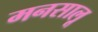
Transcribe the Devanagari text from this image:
मनसालू